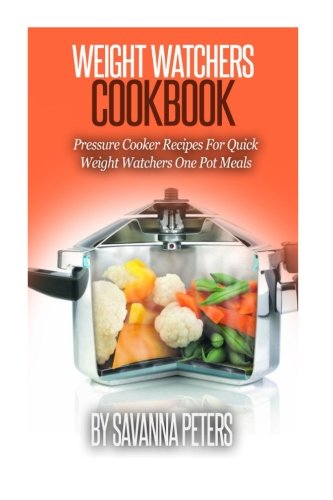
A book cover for Weight Watchers Cookbook:Pressure Cooker Recipes For Quick & Easy, Weight Watchers One Pot Meals; Savanna Peters; Cookbooks, Food & Wine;